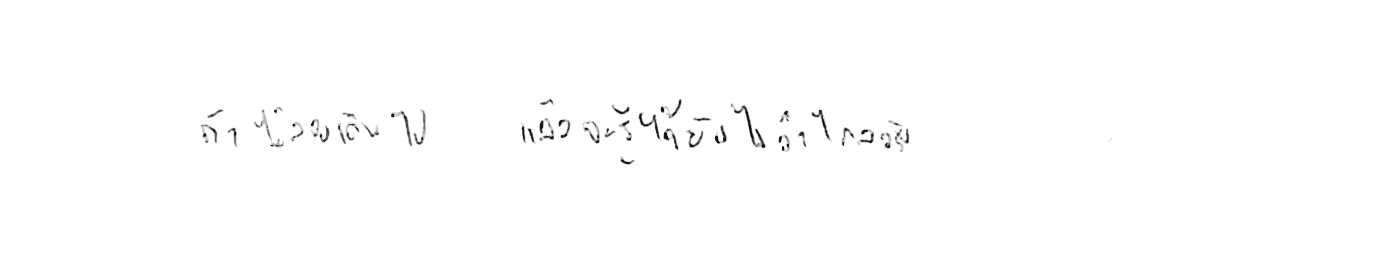
ถ้าไม่ลองเดินไป แล้วจะรู้ได้ยังไงว่าไกลจริง